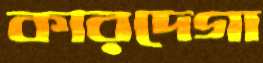
কারদেগা